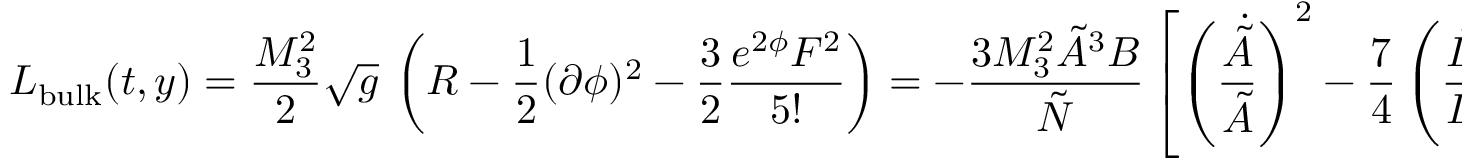
{ \cal L } _ { \mathrm { b u l k } } ( t , y ) = { \frac { M _ { 3 } ^ { 2 } } { 2 } } \sqrt g \ \left( R - \frac { 1 } { 2 } ( \partial \phi ) ^ { 2 } - { \frac { 3 } { 2 } } \frac { e ^ { 2 \phi } { \cal F } ^ { 2 } } { 5 ! } \right) = - { \frac { 3 M _ { 3 } ^ { 2 } \tilde { A } ^ { 3 } B } { \tilde { N } } } \left[ \left( { \frac { \dot { \tilde { A } } } { \tilde { A } } } \right) ^ { 2 } - { \frac { 7 } { 4 } } \left( { \frac { \dot { D } } { D } } \right) ^ { 2 } \right] .